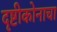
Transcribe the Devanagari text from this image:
दृष्टीकोनाचा